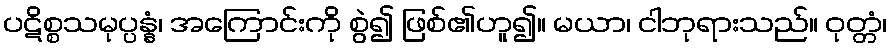
ပဋိစ္စသမုပ္ပန္နံ၊ အကြောင်းကို စွဲ၍ ဖြစ်၏ဟူ၍။ မယာ၊ ငါဘုရားသည်။ ဝုတ္တံ၊